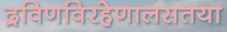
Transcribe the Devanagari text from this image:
द्रविणविरहेणालसतया